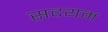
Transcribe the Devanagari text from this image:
सदयम